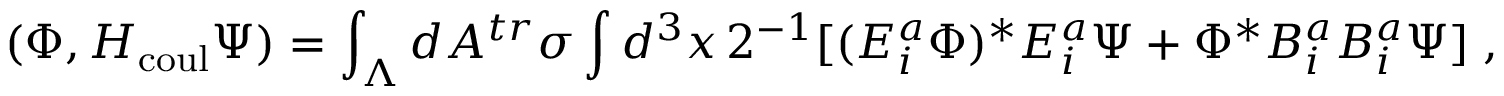
( \Phi , H _ { \mathrm { c o u l } } \Psi ) = \int _ { \Lambda } d A ^ { t r } \sigma \int d ^ { 3 } x \, 2 ^ { - 1 } [ ( E _ { i } ^ { a } \Phi ) ^ { * } E _ { i } ^ { a } \Psi + \Phi ^ { * } B _ { i } ^ { a } B _ { i } ^ { a } \Psi ] \; \mathrm { , }